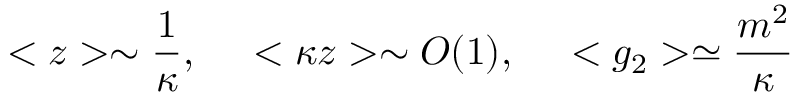
< z > \sim \frac { 1 } { \kappa } , ~ ~ ~ ~ < \kappa z > \sim O ( 1 ) , ~ ~ ~ ~ < g _ { 2 } > \simeq \frac { m ^ { 2 } } { \kappa }